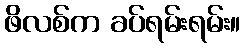
ဖိလစ်က ခပ်ရမ်းရမ်း။